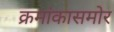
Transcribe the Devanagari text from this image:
क्रमांकासमोर